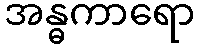
အန္ဓကာရော